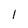
Character: l